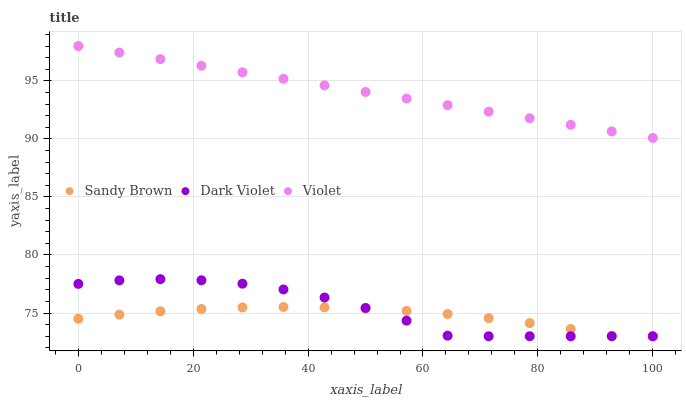
| xaxis_label | Sandy Brown | Dark Violet | Violet |
 | --- | --- | --- | --- |
 | 0 | 74.5 | 77.5 | 98 |
 | 7.14 | 74.9 | 77.8 | 97.4 |
 | 14.3 | 75.1 | 77.9 | 96.9 |
 | 21.4 | 75.4 | 77.8 | 96.3 |
 | 28.6 | 75.5 | 77.5 | 95.7 |
 | 35.7 | 75.5 | 77 | 95.2 |
 | 42.9 | 75.5 | 76.3 | 94.6 |
 | 50 | 75.4 | 75.4 | 94 |
 | 57.1 | 75.2 | 74.3 | 93.5 |
 | 64.3 | 74.9 | 73.1 | 92.9 |
 | 71.4 | 74.6 | 73 | 92.3 |
 | 78.6 | 74.1 | 73 | 91.8 |
 | 85.7 | 73.6 | 73 | 91.2 |
 | 92.9 | 73 | 73 | 90.6 |
 | 100 | 73 | 73 | 90.1 |